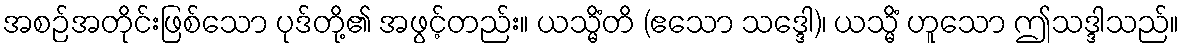
အစဉ်အတိုင်းဖြစ်သော ပုဒ်တို့၏ အဖွင့်တည်း။ ယသ္မိံတိ (ဧသော သဒ္ဒေါ)၊ ယသ္မိံ ဟူသော ဤသဒ္ဒါသည်။